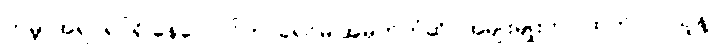
ကမ္ဘာအရပ်ရပ်ရှိ နေလောင်ကာခရင်မ် အမှတ်တံဆိပ်အမျိုးမျိုးဟာ ထုတ်လုပ်သူနဲ့